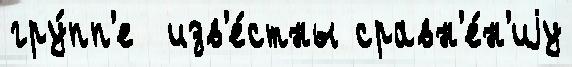
гру́пп'е  изв'е́стны сравн'е́н'иjу